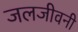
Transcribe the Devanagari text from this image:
जलजीवनी